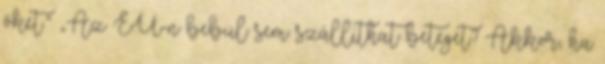
őket.” „Az EU-n bebül sem szállíthat beteget? Akkor, ha